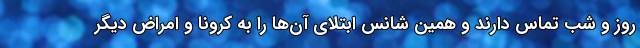
روز و شب تماس دارند و همین شانس ابتلای آن‌ها را به کرونا و امراض دیگر